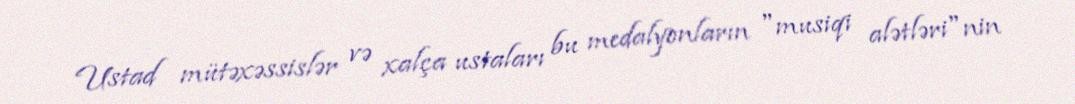
Ustad mütəxəssislər və xalça ustaları bu medalyonların "musiqi alətləri"nin